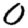
Digit: 0